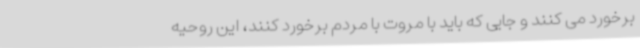
برخورد می کنند و جایی که باید با مروت با مردم برخورد کنند، این روحیه